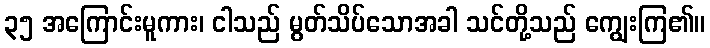
၃၅ အကြောင်းမူကား၊ ငါသည် မွတ်သိပ်သောအခါ သင်တို့သည် ကျွေးကြ၏။